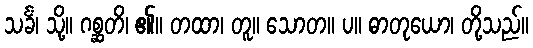
သင်္ခံ၊ သို့။ ဂစ္ဆတိ၊ ၏။ တထာ၊ တူ။ သောတ။ ပ။ ဓာတုယော၊ တို့သည်။